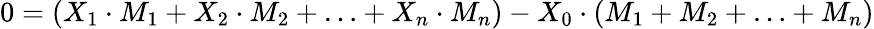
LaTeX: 0=(X_{1}\cdot M_{1}+X_{2}\cdot M_{2}+\ldots+X_{n}\cdot M_{n})-X_{0}\cdot(M_{1}+M_{2}+\ldots+M_{n})